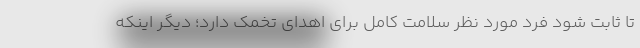
تا ثابت شود فرد مورد نظر سلامت کامل برای اهدای تخمک دارد؛ دیگر اینکه